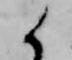
候